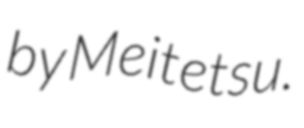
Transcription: by Meitetsu.